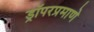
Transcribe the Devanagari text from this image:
ड्रॉपरप्रमाणे